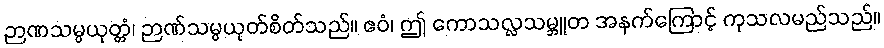
ဉာဏသမ္ပယုတ္တံ၊ ဉာဏ်သမ္ပယုတ်စိတ်သည်။ ဧဝံ၊ ဤ ကောသလ္လသမ္ဘူတ အနက်ကြောင့် ကုသလမည်သည်။